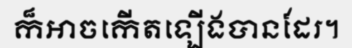
ក៏អាចកើតឡើងបានដែរ។